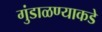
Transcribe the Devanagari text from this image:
गुंडाळण्याकडे